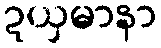
ဍယှမာနာ